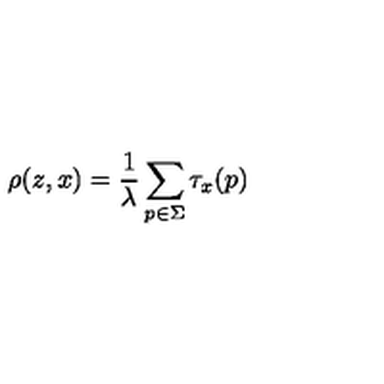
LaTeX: \rho ( z , x ) = \frac { 1 } { \lambda } \sum _ { p \in \Sigma } \tau _ { x } ( p )